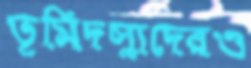
ভূমিদস্যুদেরও